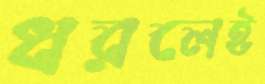
ধরলেই